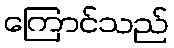
ကြောင်သည်